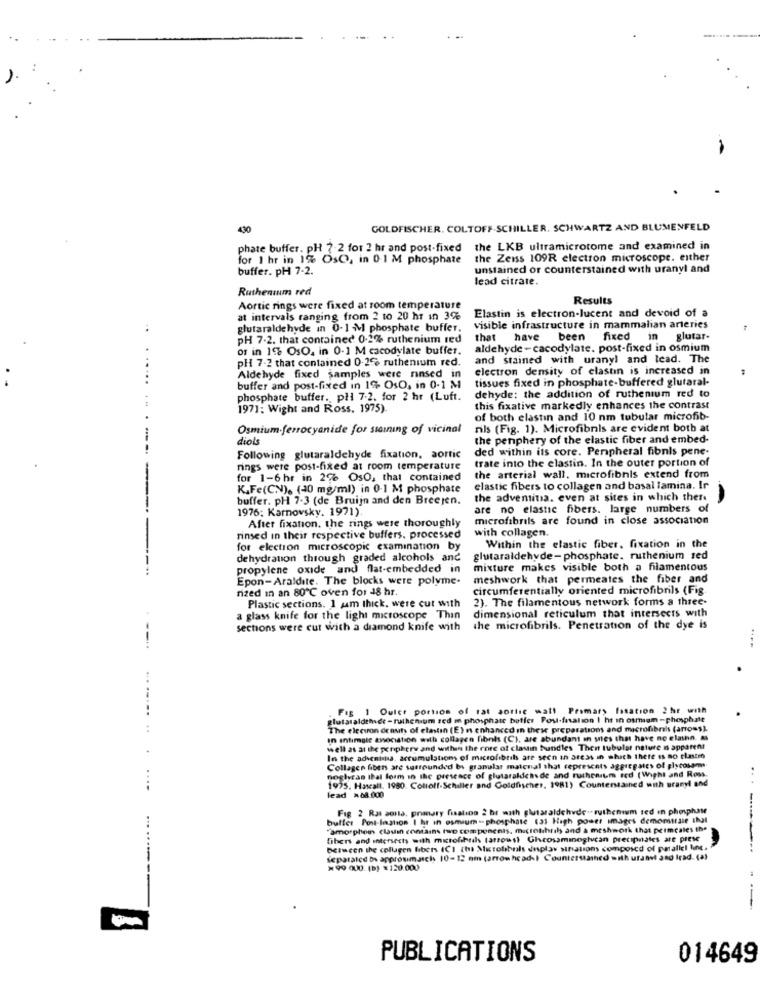
430
GOLDFISCHER. COLTOFF.SCHILLER. SCHWARTZ AND BLUMENFELD
phate buffer. pH 7-2 for 2 hr and post-fixed the LKB ultramicrotome and examined in
for 1 hr in 1%. OsC. in 0.1 M phosphate
the Zeiss 109R electron microscope. either
buffer. pH 7-2.
unstained or counterstained with uranyl and
lead citrate.
Ruthenium red
Results
Aortic rings were fixed at room temperature
at intervals ranging from 2 to 20 hr in 3%
Elastin is electron-lucent and devoid of a
..
glutaraldehyde in 0-1 M phosphate buffer.
visible infrastructure in mammalian arteries
PH 7-2. that contained 0.2% ruthenium red
hat have
been fixed
in glutar-
of in 19% OsO. in 0-1 M cacodylate buffer.
aldehyde - cacodylate. post-fixed in osmium
PH 7-2 that contained 0.2% ruthenium red.
and stained with uranyl and lead. The
electron density of elastin is increased in
......
Aldehyde fixed samples were rinsed in
tissues fixed in phosphate-buffered glutaral-
buffer and post-fixted in 19 OsO, in 0-1 M
phosphate buffer. pl 7.2. for 2 hr (Luft.
dehyde: the addition of ruthenium red to
197]; Wight and Ross, 1975).
this fixative markedly enhances the contrast
of both elastin and 10 nm tubular microfib-
Osmium.ferrocyanide for sıaming of vicinal
nils (Fig. 1). Microfibnis are evident both at
diol
the periphery of the elastic fiber and embed-
.--
ded within its core. Peripheral fibnis pene-
Following glutaraldehyde fixation, aortic
trate into the elastin. In the outer portion of
rings were post-fixed at room temperature
for 1-6 hr in 26 OsO, that contained
the arterial wall. microfibnis extend from
K.Fe(CN), (40 mg/ml) in 0-1 M phosphate
elastic fibers to collagen and basal lamina. Ir
buffer. pH 7-3 (de Bruijn and den Breejen.
the adventitia. even at sites in which there
A
1976: Karnovsky. 1971).
are no elastic fibers. large numbers of
microfibrils are found in close association
After fixation. the rings were thoroughly
with collagen.
--
rinsed in their respective buffers. processed
for election microscopic examination by
Within the elastic fiber, fixation in the
dehydration through graded alcohols and
glutaraldehyde- phosphate. ruthenium sed
propylene oxide and flat-embedded in
mixture makes visible both a filamentous
Epon-Araldite. The blocks were polyme.
meshwork that permeates the fiber and
rized in an 80℃ oven for 48 hr.
circumferentially oriented microfibrils (Fig
Plastic sections. 1 am thick. were cut with
2). The filamentous network forms a three-
dimensional reticulum that intersects with
a glass knife for the light microscope Thin
sections were cut with a diamond knife with
the microfibrils. Penetration of the dye is
--..
.......
Fig 1 Ouler portion of rat sothe wall Primary Issation 2 hr with
glutaraldehet - ruthenium zed m phosphate butfer Post-fralion I ht in osmium -phosphate
The electron deouts of elastin (E)n enhanced in these preparations and microfibrahs (arrows).
In intimgle association with collagen fibnis (C), are abundant in wies that have no elainn &
well as at the periphery and within the core of classin bundles Then tubular nature n apparent
In the adventitia. accumulations of microfibrils are seen an are3s in which there is no tlasten
Collagen fibers are surrounded by granular material that represents aggregates of glycosom
noglycan thal form in the presence of glutaralden de and ruthenim rod (Wight and Ross.
....
1975. Hascall. 1980. Colioff-Schiller and Goldfischer, 1981) Counterstained with uranyl and
...
lead >08.000
Fig 2 Ral aorta. primary fisalino 2 hr with glutaraldehyde- ruthenium red in phosphase
buffer Post-lagtion I hr in osmium - phosphate (33 High power images demonstrate that
"amorphen clasi contains two components, microthril and a meshwork that permeates the
fibers and intersects with mitofihuds (arrowsh Ghcosaminoglycan preciprates are prese
-
between the collagen fibets ICI th Microfibrals Inplav strations composed of parallel MM.
Separated by approumsich 10-12 mm (arrowheads) Countersamhed with uranvi and Irad. (a)
M 99 000. 15) = 120.000
--
PUBLICATIONS
014649